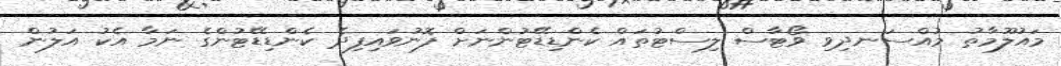
މައުލޫމާތު މުއްސަނދިވި ވޯޓާސް ލިސްޓުތައް ކެންޑިޑޭޓުންނަށް ފޮނުވައިފިދެ ކެންޑިޑޭޓުންގެ ނަމާ އެކު އަލުން